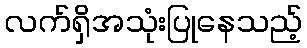
လက်ရှိအသုံးပြုနေသည့်